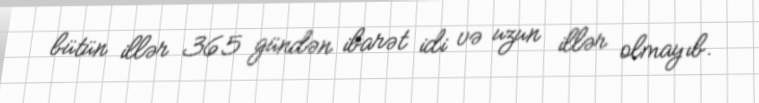
bütün illər 365 gündən ibarət idi və uzun illər olmayıb.